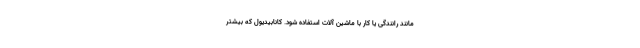
مانند رانندگی یا کار با ماشین آلات استفاده شود. کانابیدیول که بیشتر